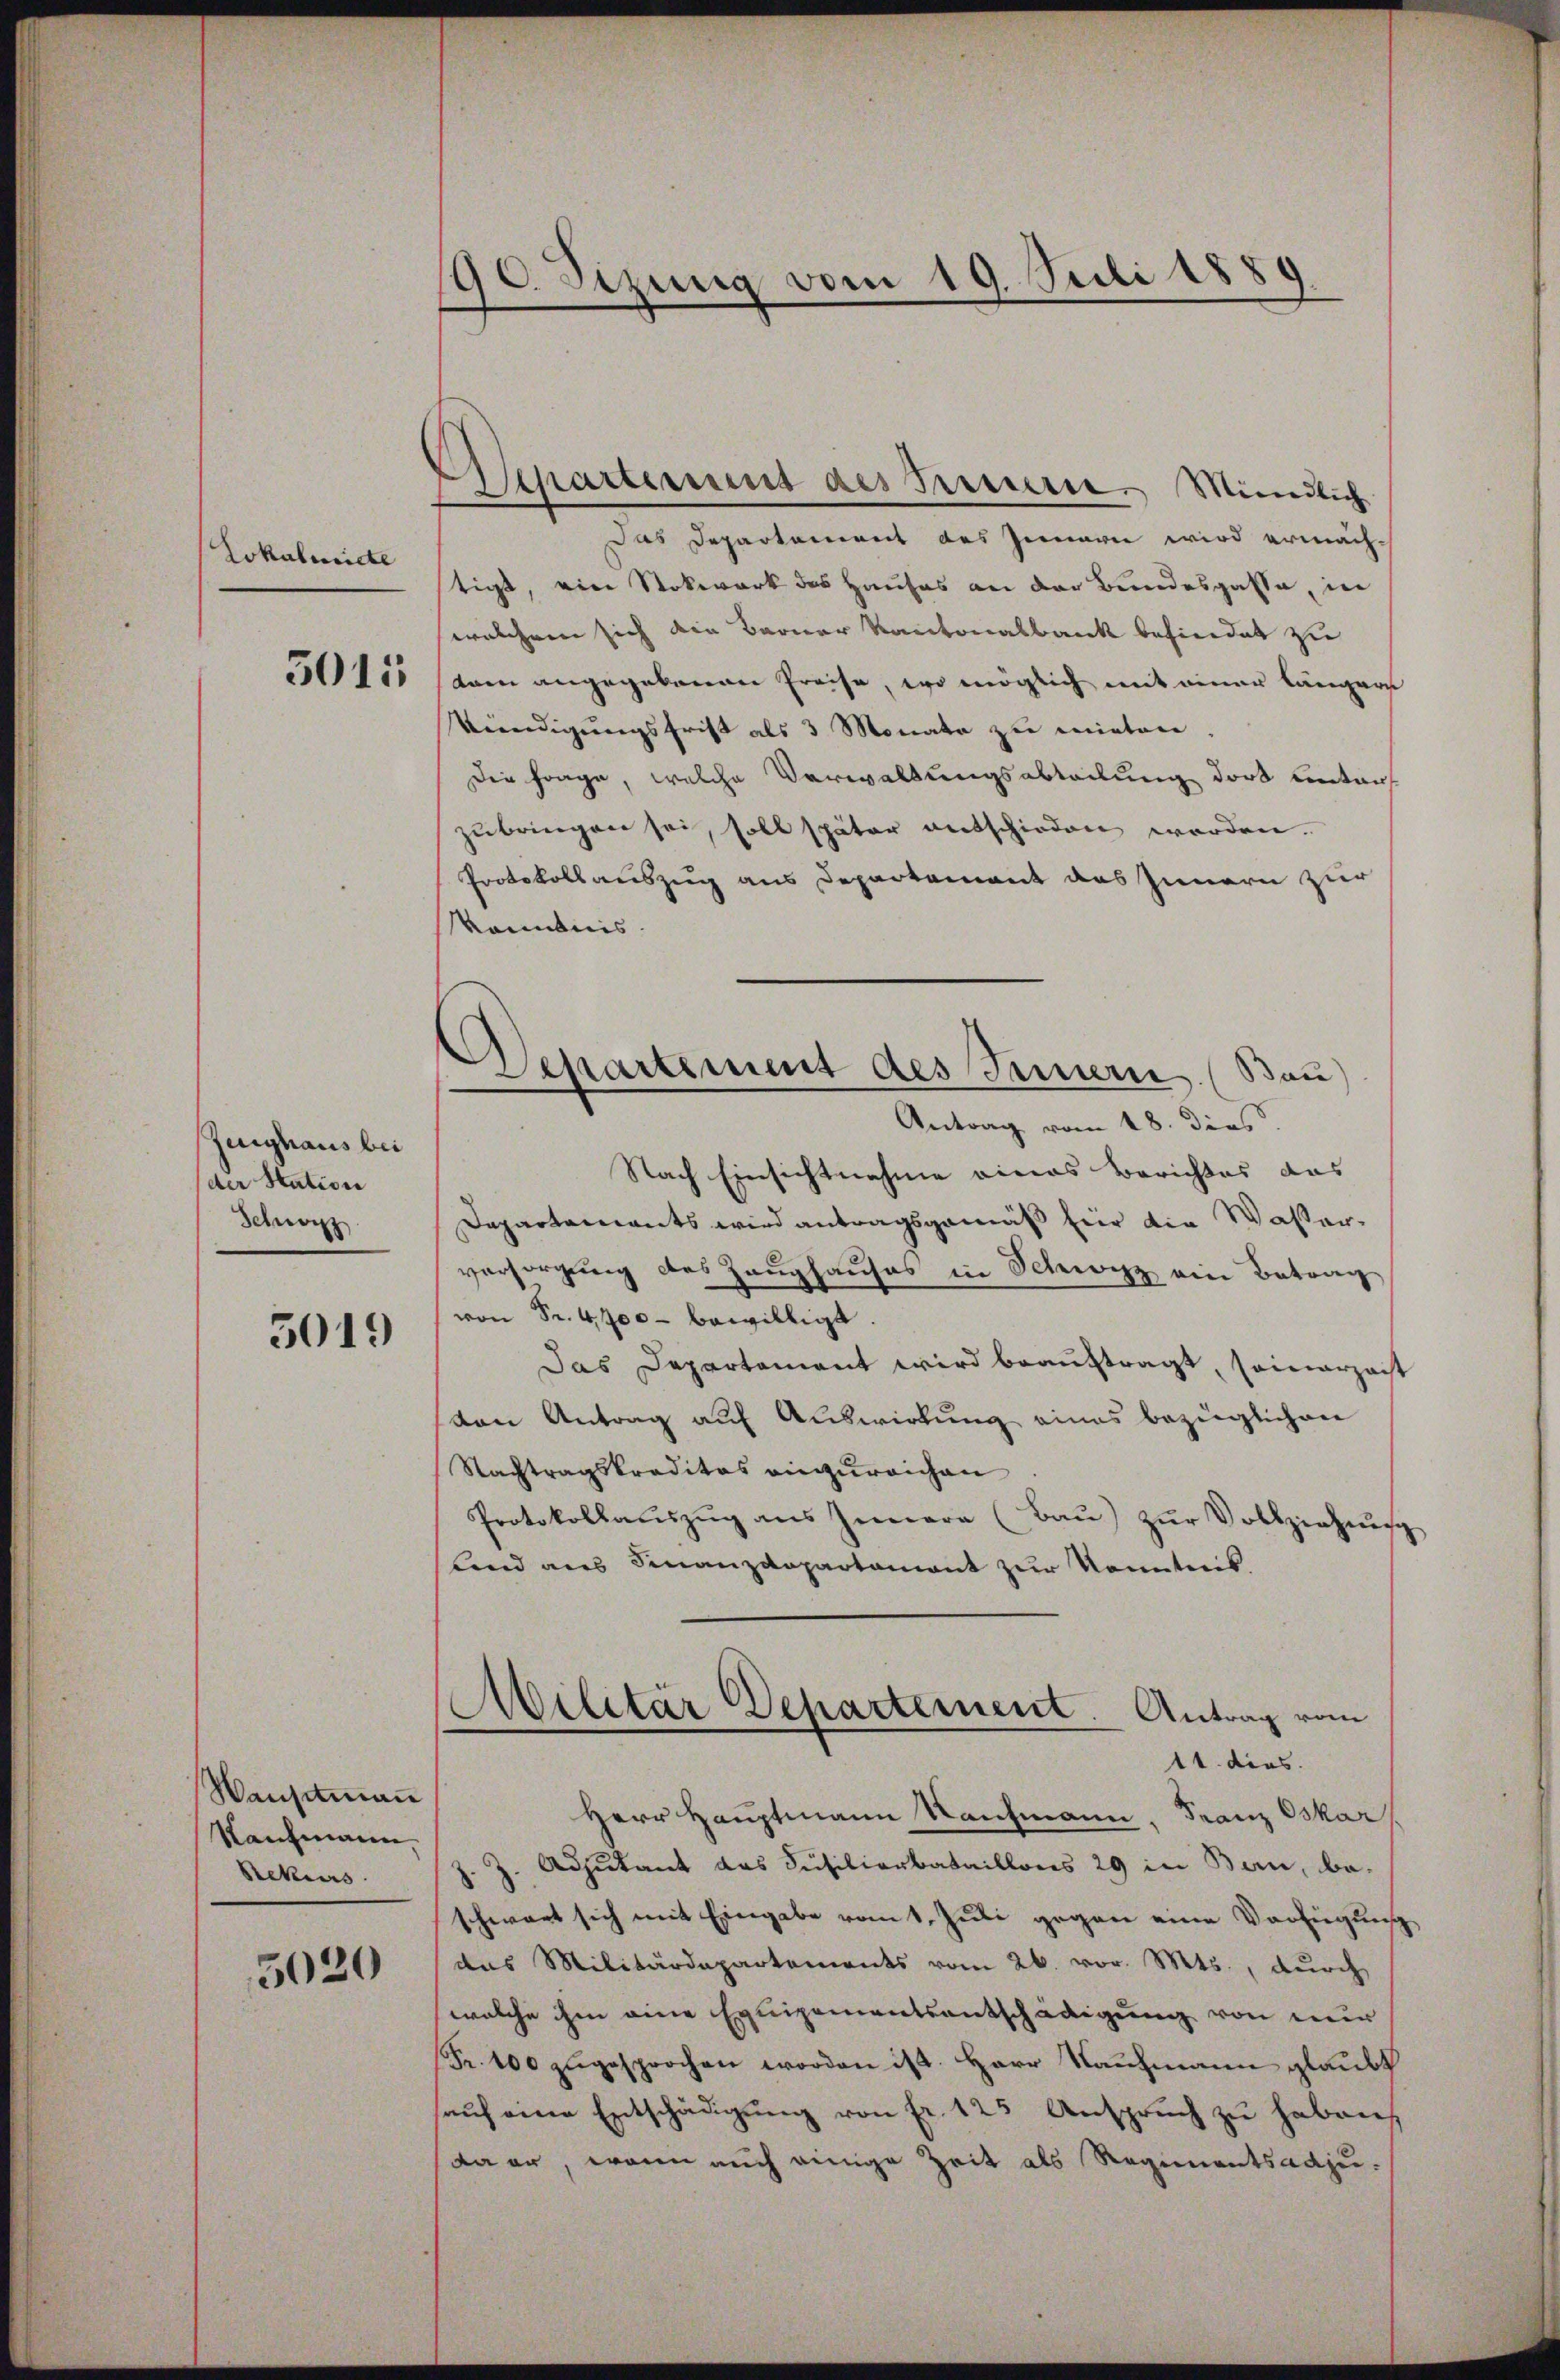
Lokaluicte

3015

Zeughaus bei
der Station
Schwarz

5019

Wauptman
Kaufmann,
Rekurs

5020

90 Sizung vom 19. Juli 1889

Separtement des Bereuern. Mündlich

Separtement des Innern. (Bau)
Antrag vom 18. dies

Das Departement des Jennern wird ermächstigt, eine Stokwerk des Hauses an der Bundesgasse, in
welchem sich die Berner Kantonalbank befindet zu
Arm angegebenen Preise, wo möglich mit einer längere
Venedigungsfrist als 3 Monate zu mieten.
Die Frage, welche Verwaltungsabteilung dort unterzubringen sei, soll später entschieden worden.
Protokollauszug aus Departement das Innern zur
känntnis
Nach Einsichtnahme eines Berichtes das
Departariants wird antragsgemäß für die Wasserversorgung des Zeughauses in Schwyz ein Betrag
von Fr. 4700 - bewilligt
Das Departement wird beauftragt, seinerzeit
von Antrag auf Auswirkung eines bezüglichen
Nachtragskreditas einzureichen
Protokollauszug aus Innern (Bau) zŭr Vollziehung
lend aus Finanzdepartamant zur Kenntnis.
Militär Departement. Antrag vom
11. dies
Herr Hauptmann Nachmann, Franz Oskar
Adjutant das Susiliarbataillons 29 in Bern, be-
d
schwart sich mit Eingabe vom 1. Juli gegen eine Verfügung
das Militärdepartements vom 26. vor. Mts., durch
welche ihm eine Equipementsentschädigung von nur
Fr. 400 zugesprochen worden ist. Herr Kaufmann glaubt
auf eine Entschädigung von fr. 123 Anspruch zu haben,
da er, wenn auch einige Zeit als Regimentsadju-